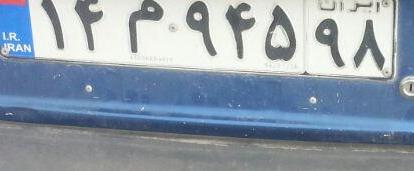
۱۴م۹۴۵۹۸